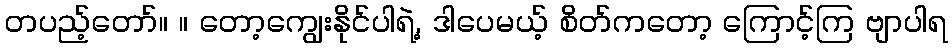
တပည့်တော်။ ။ တော့ကျွေးနိုင်ပါရဲ့, ဒါပေမယ့် စိတ်ကတော့ ကြောင့်ကြ ဗျာပါရ